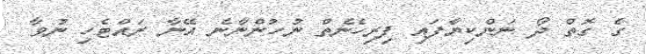
ގެ ގޮތް ދޯ ނަންކިޔާފައި ފިރިހެނެތް ނުހުންނާނެ އޭނާ ރައްޓެހި ނުވާ